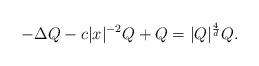
LaTeX: \begin{align*}-\Delta Q - c|x|^{-2} Q + Q = |Q|^{\frac{4}{d}} Q. \end{align*}